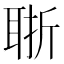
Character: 𦕶